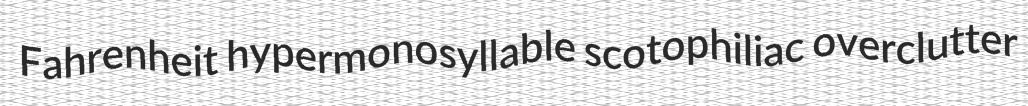
Fahrenheit hypermonosyllable scotophiliac overclutter